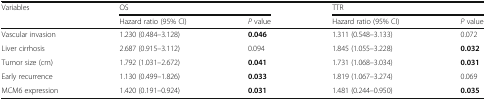
| <ROWSPAN=2> Variables | <COLSPAN=2> OS | <COLSPAN=2> TTR |
 | Hazard ratio (95% CI) | P value | Hazard ratio (95% CI) | P value |
 | --- | --- | --- | --- | --- |
 | Vascular invasion | 1.230 (0.484–3.128) | 0.046 | 1.311 (0.548–3.133) | 0.072 |
 | Liver cirrhosis | 2.687 (0.915–3.112) | 0.094 | 1.845 (1.055–3.228) | 0.032 |
 | Tumor size (cm) | 1.792 (1.031–2.672) | 0.041 | 1.731 (1.068–3.034) | 0.031 |
 | Early recurrence | 1.130 (0.499–1.826) | 0.033 | 1.819 (1.067–3.274) | 0.069 |
 | MCM6 expression | 1.420 (0.191–0.924) | 0.031 | 1.481 (0.244–0.950) | 0.035 |